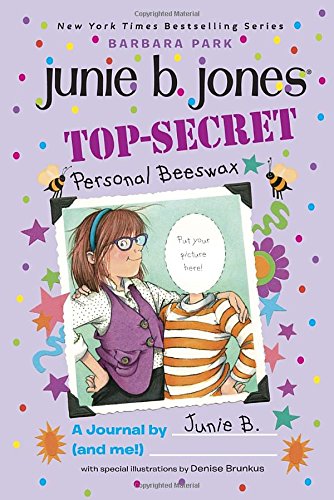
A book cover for Top-Secret, Personal Beeswax: A Journal by Junie B. (and Me!); Barbara Park; Children's Books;